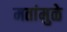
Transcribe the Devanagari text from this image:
मतांमुळे